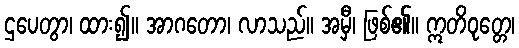
ဌပေတွာ၊ ထား၍။ အာဂတော၊ လာသည်။ အမှီ၊ ဖြစ်၏။ ဣတိဝုတ္တေ၊